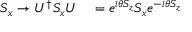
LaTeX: \begin{array} { r l } { S _ { x } \rightarrow U ^ { \dagger } S _ { x } U } & { { } = e ^ { i \theta S _ { z } } S _ { x } e ^ { - i \theta S _ { z } } } \end{array}